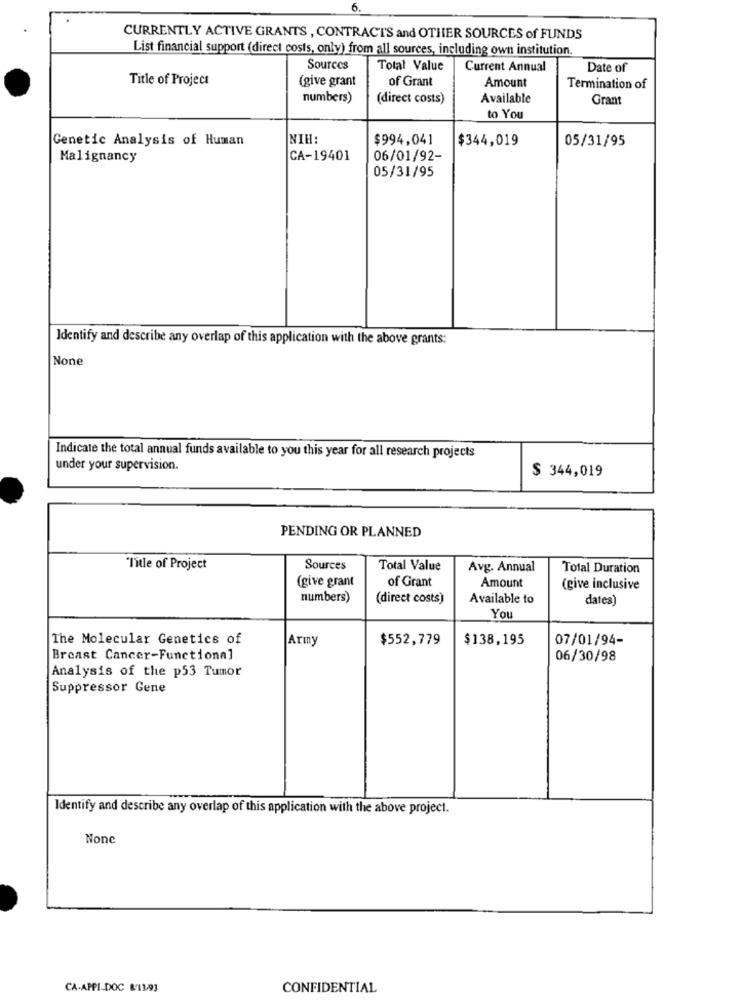
6
CURRENTLY ACTIVE GRANTS , CONTRACTS and OTHER SOURCES of FUNDS
List financial support (direct costs, only) from all sources, including own institution.
Sources
Total Value
Current Annual
Date of
Title of Project
(give grant
of Grant
Amount
Termination of
numbers)
(direct costs)
Available
Grant
to You
Genetic Analysis of Human
NIH:
$994,041
$344,019
05/31/95
Malignancy
CA-19401
06/01/92-
05/31/95
Identify and describe any overlap of this application with the above grants:
Indicate the total annual funds available to you this year for all research projects
under your supervision.
$ 344,019
PENDING OR PLANNED
"Title of Project
Sources
Total Value
Avg. Annual
Total Duration
(give grant
of Grant
Amount
(give inclusive
numbers)
(direct costs)
Available to
dates)
You
The Molecular Genetics of
Army
$552,779
$138,195
07/01/94-
Breast Cancer-Functional
06/30/98
Analysis of the p53 Tumor
Suppressor Gene
Identify and describe any overlap of this application with the above project.
Nonc
CA-APPI-DOC 8/11-93
CONFIDENTIAL